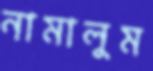
নামালুম